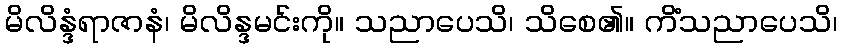
မိလိန္ဒံရာဇာနံ၊ မိလိန္ဒမင်းကို။ သညာပေသိ၊ သိစေ၏။ ကိံသညာပေသိ၊